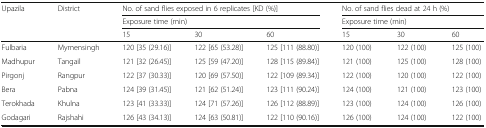
<table><thead><tr><td rowspan="3"><b>Upazila</b></td><td rowspan="3"><b>District</b></td><td colspan="3"><b>No. of sand flies exposed in 6 replicates [KD (%)]</b></td><td colspan="3"><b>No. of sand flies dead at 24 h (%)</b></td></tr><tr><td colspan="3"><b>Exposure time (min)</b></td><td colspan="3"><b>Exposure time (min)</b></td></tr><tr><td><b>15</b></td><td><b>30</b></td><td><b>60</b></td><td><b>15</b></td><td><b>30</b></td><td><b>60</b></td></tr></thead><tbody><tr><td>Fulbaria</td><td>Mymensingh</td><td>120 [35 (29.16)]</td><td>122 [65 (53.28)]</td><td>125 [111 (88.80)]</td><td>120 (100)</td><td>122 (100)</td><td>125 (100)</td></tr><tr><td>Madhupur</td><td>Tangail</td><td>121 [32 (26.45)]</td><td>125 [59 (47.20)]</td><td>128 [115 (89.84)]</td><td>121 (100)</td><td>125 (100)</td><td>128 (100)</td></tr><tr><td>Pirgonj</td><td>Rangpur</td><td>122 [37 (30.33)]</td><td>120 [69 (57.50)]</td><td>122 [109 (89.34)]</td><td>122 (100)</td><td>120 (100)</td><td>122 (100)</td></tr><tr><td>Bera</td><td>Pabna</td><td>124 [39 (31.45)]</td><td>121 [62 (51.24)]</td><td>123 [111 (90.24)]</td><td>124 (100)</td><td>121 (100)</td><td>123 (100)</td></tr><tr><td>Terokhada</td><td>Khulna</td><td>123 [41 (33.33)]</td><td>124 [71 (57.26)]</td><td>126 [112 (88.89)]</td><td>123 (100)</td><td>124 (100)</td><td>126 (100)</td></tr><tr><td>Godagari</td><td>Rajshahi</td><td>126 [43 (34.13)]</td><td>124 [63 (50.81)]</td><td>122 [110 (90.16)]</td><td>126 (100)</td><td>124 (100)</td><td>122 (100)</td></tr></tbody></table>